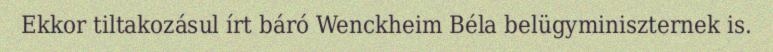
Ekkor tiltakozásul írt báró Wenckheim Béla belügyminiszternek is.